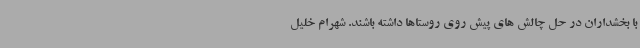
با بخشداران در حل چالش های پیش روی روستاها داشته باشند. شهرام خلیل